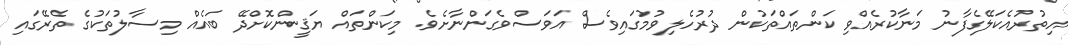
އިތުރުއެކަލޭގެފާނު މަނާކުރެއްވި ކަންތައްތަކުން ދުރުހެލިވުމުގައިވެސް އަވަސްވެގަންނާށެވެ. މިކަންތައް ޔަޤީންކޮށްދޭ ބައެއް މިސާލުތަކުގެ ތެރޭގައި